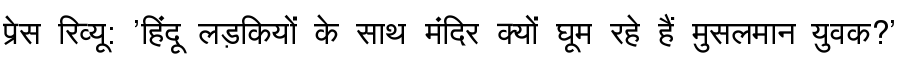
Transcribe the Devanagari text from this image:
प्रेस रिव्यू: 'हिंदू लड़कियों के साथ मंदिर क्यों घूम रहे हैं मुसलमान युवक?'